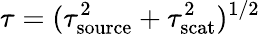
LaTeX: \tau=(\tau_{\mathrm{source}}^{2}+\tau_{\mathrm{scat}}^{2})^{1/2}